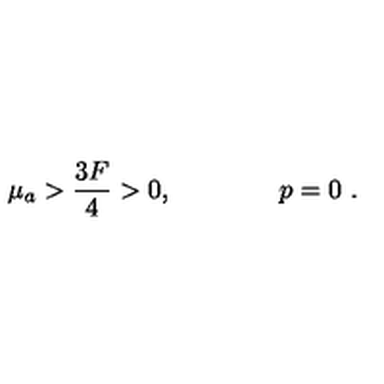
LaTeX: \mu _ { a } > { \frac { 3 F } { 4 } } > 0 , \qquad \qquad p = 0 \ .